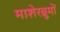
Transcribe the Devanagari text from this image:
माशेरब्रुमों